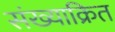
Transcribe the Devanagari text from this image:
संख्याक्रित